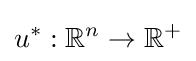
u^{*}:\mathbb {R} ^{n}\to \mathbb {R} ^{+}